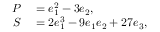
\begin{array} { r l } { P } & { { } = e _ { 1 } ^ { 2 } - 3 e _ { 2 } , } \\ { S } & { { } = 2 e _ { 1 } ^ { 3 } - 9 e _ { 1 } e _ { 2 } + 2 7 e _ { 3 } , } \end{array}